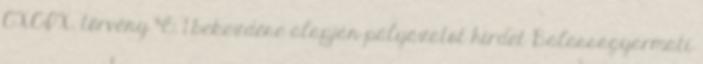
CXCIX. törvény 45. 1 bekezdése alapján pályázatot hirdet Balassagyarmati